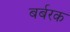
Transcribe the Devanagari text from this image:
बर्बरक